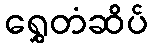
ရွှေတံဆိပ်